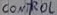
Text: CONTROL